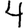
Digit: 4